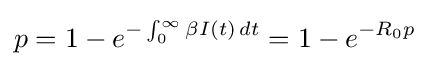
p=1-e^{-\int _{0}^{\infty }\beta I(t)\,dt}=1-e^{-R_{0}p}